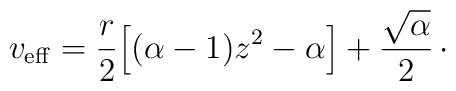
v_{\rm eff} = {r\over 2} \Bigl[ (\alpha -1)z^{2} - \alpha\Bigr] + {\sqrt{\alpha}\over 2}\, \cdotp